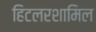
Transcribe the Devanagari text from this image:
हिटलरशामिल